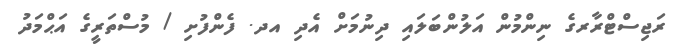
ރަޖިސްޓްރާރގެ ނިންމުން އަލުންބަލައި ދިނުމަށް އެދި އދ. ފެންފުށި / މުސްތަރީގެ އަޙްމަދު